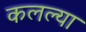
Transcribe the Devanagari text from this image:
कलल्या